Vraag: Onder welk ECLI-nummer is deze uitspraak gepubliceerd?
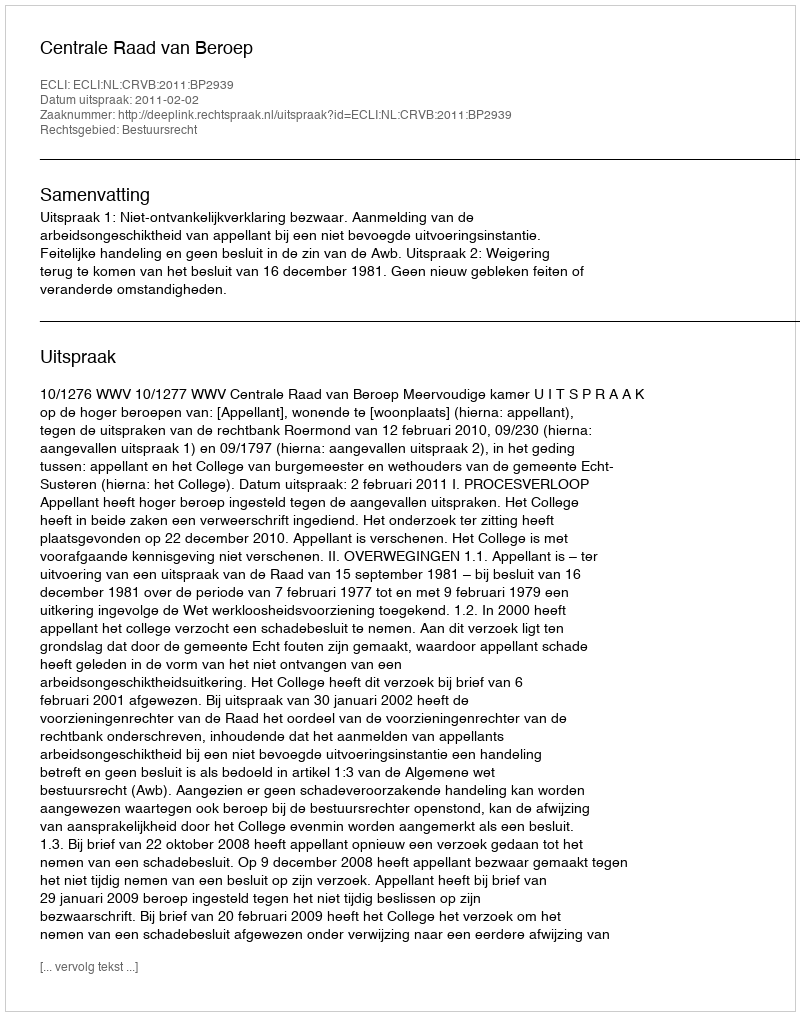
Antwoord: ECLI:NL:CRVB:2011:BP2939